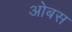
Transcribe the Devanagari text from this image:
ओबस